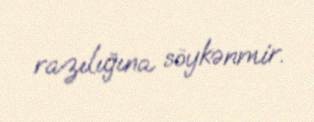
razılığına söykənmir.